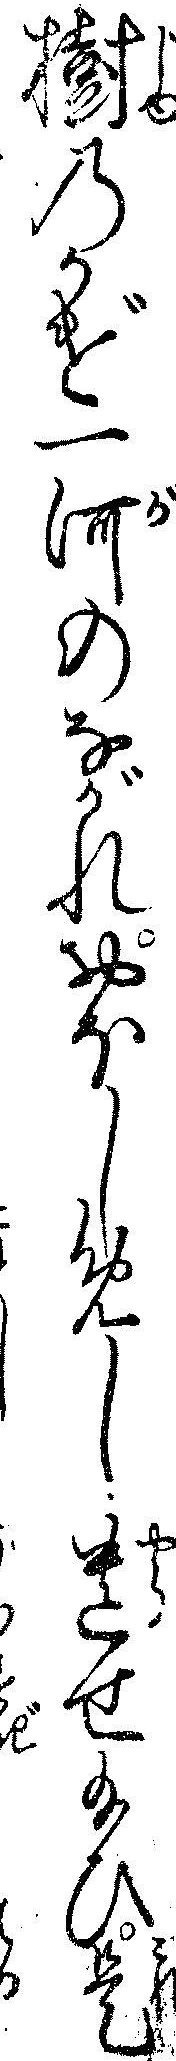
樹のかげ一河のながれおほしめし遣せ給ひ是